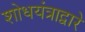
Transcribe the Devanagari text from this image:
शोधयंत्राद्वारे